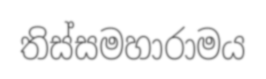
තිස්සමහාරාමය